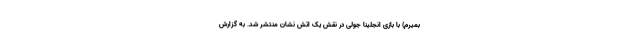
بمیرم) با بازی انجلینا جولی در نقش یک اتش نشان منتشر شد. به گزارش